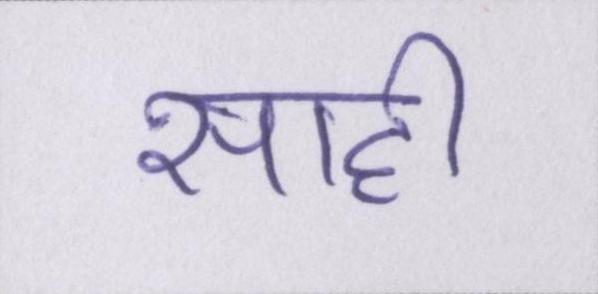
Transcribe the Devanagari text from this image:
साही